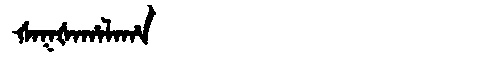
Manchu: ᡧᠠᡴᡧᠠᡥᠠᠯᠠᡥᠠ
Romanization: ŠAKŠAHALAHA